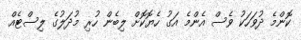
ކޮންމެ ދުވަހަކު ވެސް އެންމެ އަގު ހެޔޮކޮށް ލިބެން ހުރި މުދަލުގެ ލިސްޓެއް